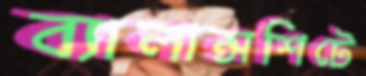
ব্যালান্সশিটে